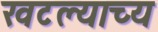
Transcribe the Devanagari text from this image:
खटल्याच्य